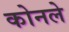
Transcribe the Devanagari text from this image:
कोनले